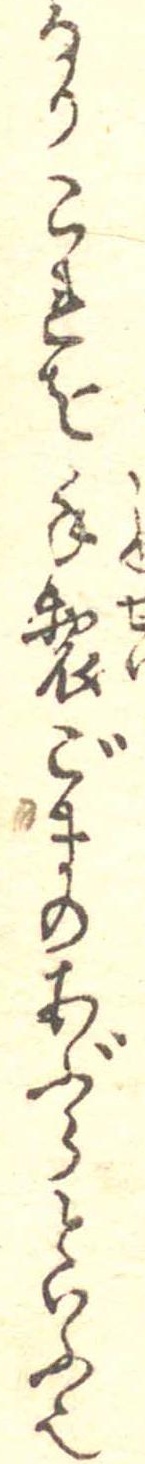
なりこれを手製ごまのあぶらといふ也